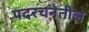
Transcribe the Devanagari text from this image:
पदरचनेतील